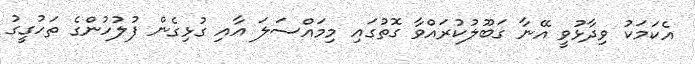
އެކަމަކު ވިދާޅުވީ އޭނާ ގަބޫލުކުރައްވާ ގޮތުގައި މިމައްސަލަ އާއި ގުޅިގެން ފުލުހުންގެ ތަހުގީގު